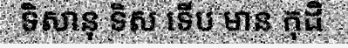
ទិសានុ ទិស ទើប មាន កុដិ